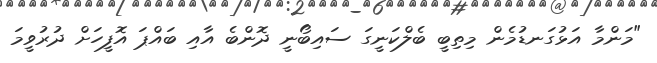
"މަންމާ އަޅުގަނޑުމެން މިތިބީ ބެލްކަނީގަ ސައިބޯނީ ދޮންބެ އާއި ބައްޕަ އޮފީހަށް ދުރުވީމަ